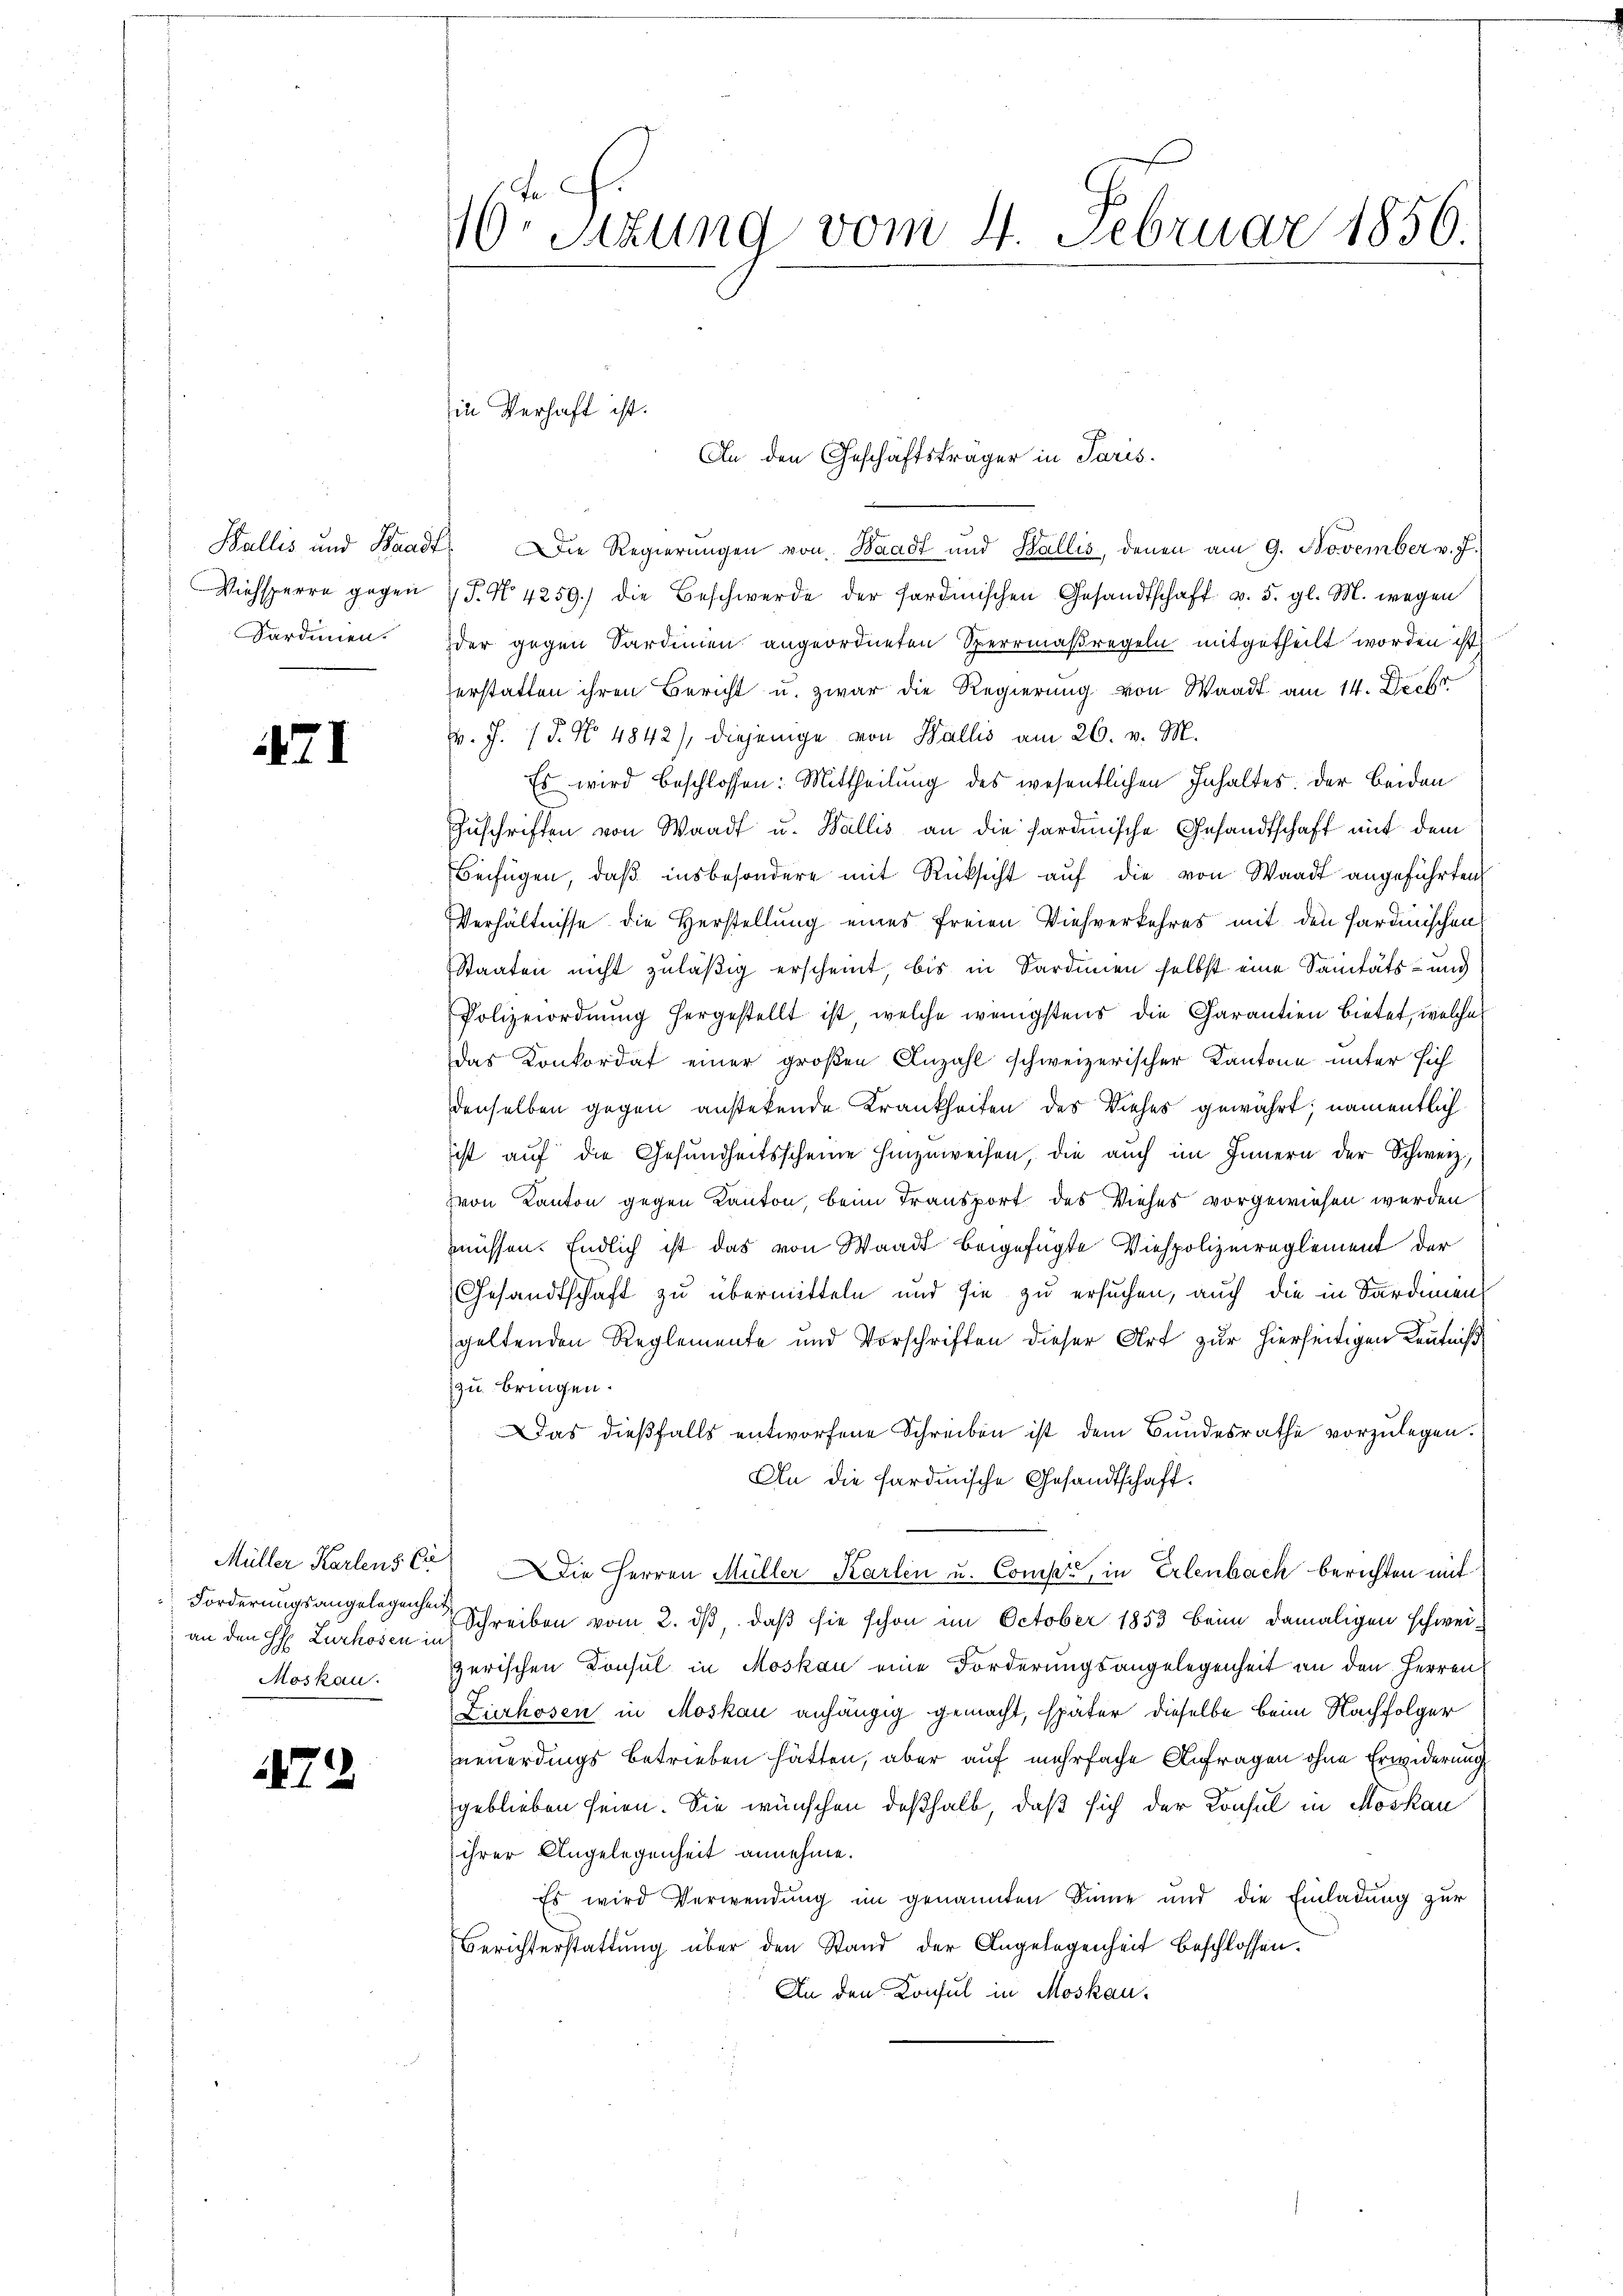
Sardinen.

471

Forderungsangelegenheit,
 an den H. Zurhosen in
Moskau

172

10. Sizung vom 4. Februar 1856.

Wallis und Waadt. Die Regierŭngen von Waadt und Wallis, denen am 9. November v. J.
Viehsperre gegen 7 J. N. 4259) die Beschwerde der sardinischen Gesandtschaft v. 5. gl. M. wegen
der gegen Sardinien angeordneten Sperrmaßregeln mitgetheilt worden ist,
erstatten ihren Bericht u. zwar die Regierung von Waadt am 14. Decbr.
v. J. P. No 4842), diejenige von Wallis am 26. v. M.
Es wird beschlossen: Mittheilung des wesentlichen Inhaltes. Der Beiden
Zŭschriften von Waadt u. Wallis an die sardinische Gesandtschaft mit dem
Beifügen, daβ insbesondere mit Rücksicht aŭf die von Waadt angeführten
Verhältnisse die Herstellung eines freien Viehverkehres mit den sardinischen
Staaten nicht zuläßig erscheint, bis in Sardinien selbst eine Sanitäts- und
Polizeiordnŭng hergestellt ist, welche wenigstens die Garantien bietet, welche
das Konkordat einer großen Anzahl schweizerischer Kantone unter sich
denselben gegen anstetende Krankheiten des Viehes gewährt; namentlich
ist auf die Gesundheitsscheine hinzuweisen, die auch im Innern der Schweiz,
von Kanton gegen Kanton, beim Transport des Viehes vorgewiesen werden
müssen. Endlich ist das von Waadt beigefügte Viehpolizeireglement der
Gesandtschaft zu übermitteln und sie zu ersuchen, auch die in Sardinien
geltenden Reglemente und Vorschriften dieser Art zur hierseitigen Kenntniß
zu bringen.
Das dießfalls entworfene Schreiben ist dem Bundesrathe vorzulegen.
An die sardinische Gesandtschaft.
Müller Karlens C. Die Herren Müller Karlen u. Compi, in Erlenbach berichten mit
Schreiben vom 2. dβ, daß sie schon im October 1853 beim damaligen schwei-
zerischen Konsul in Moskau eine Forderungsangelegenheit an den Herren
Zirhosen in Moskau anhängig gemacht, später dieselbe beim Nachfolger
neuerdings betrieben hätten, aber auf mehrfache Anfragen ohne Erwiderung
geblieben seien. Sie wünschen deßhalb, daß sich der Konsul in Moskau
ihrer Angelegenheit annehme.
Es wird Verwendung im genannten Sinne und die Einladung zur
Berichterstattung über den Stand der Angelegenheit beschlossen:
An den Konsul in Moskau¬

in Verhaft ist.
An den Geschäftsträger in Paris.